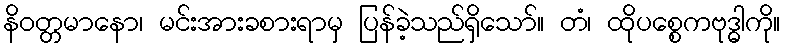
နိဝတ္တမာနော၊ မင်းအားခစားရာမှ ပြန်ခဲ့သည်ရှိသော်။ တံ၊ ထိုပစ္စေကဗုဒ္ဓါကို။